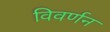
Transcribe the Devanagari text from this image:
विवर्णन